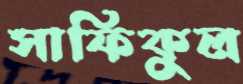
সাফিকুল